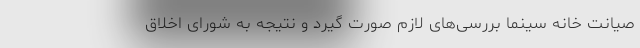
صیانت خانه سینما بررسی‌های لازم صورت گیرد و نتیجه به شورای اخلاق